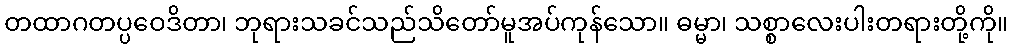
တထာဂတပ္ပဝေဒိတာ၊ ဘုရားသခင်သည်သိတော်မူအပ်ကုန်သော။ ဓမ္မာ၊ သစ္စာလေးပါးတရားတို့ကို။